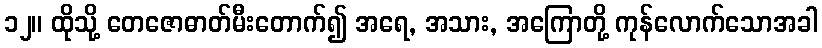
၁၂။ ထိုသို့ တေဇောဓာတ်မီးတောက်၍ အရေ, အသား, အကြောတို့ ကုန်လောက်သောအခါ